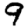
Digit: 9